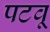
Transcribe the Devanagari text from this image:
पटवू